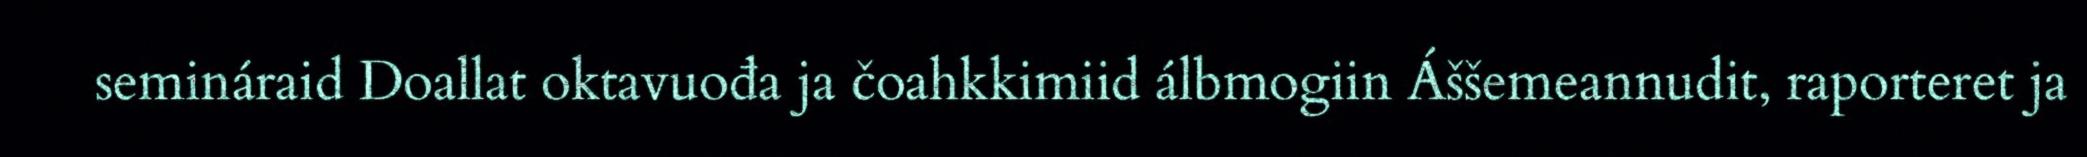
semináraid Doallat oktavuođa ja čoahkkimiid álbmogiin Áššemeannudit, raporteret ja